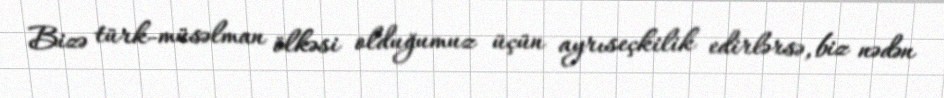
Bizə türk-müsəlman ölkəsi olduğumuz üçün ayrıseçkilik edirlərsə, biz nədən